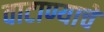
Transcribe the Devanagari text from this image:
वाटाण्याचे